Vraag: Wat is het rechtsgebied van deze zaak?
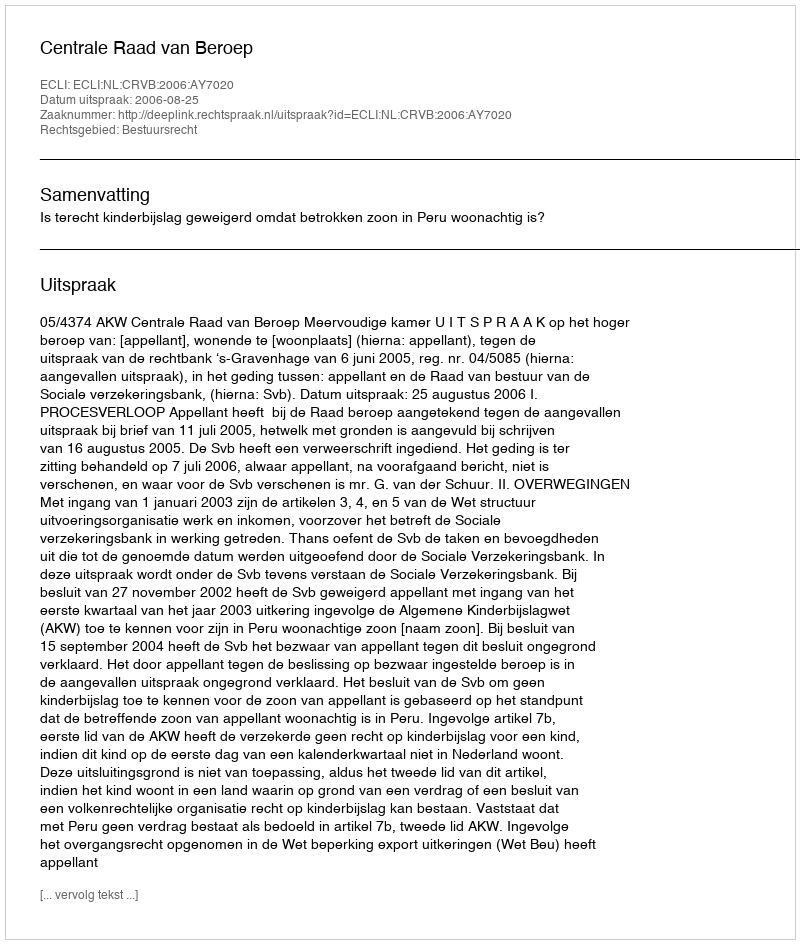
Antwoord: Bestuursrecht